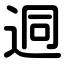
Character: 迵